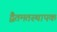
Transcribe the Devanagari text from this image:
द्वैतमतस्थापक